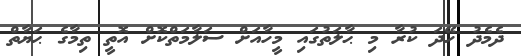
ދެމެދު ހޭދަ ކުރާ މި ޙާލަތުގައި މީހާއަށް ސަލާމަތްކޮށް އޮތީ ތިމާގެ ޙަޔާތް